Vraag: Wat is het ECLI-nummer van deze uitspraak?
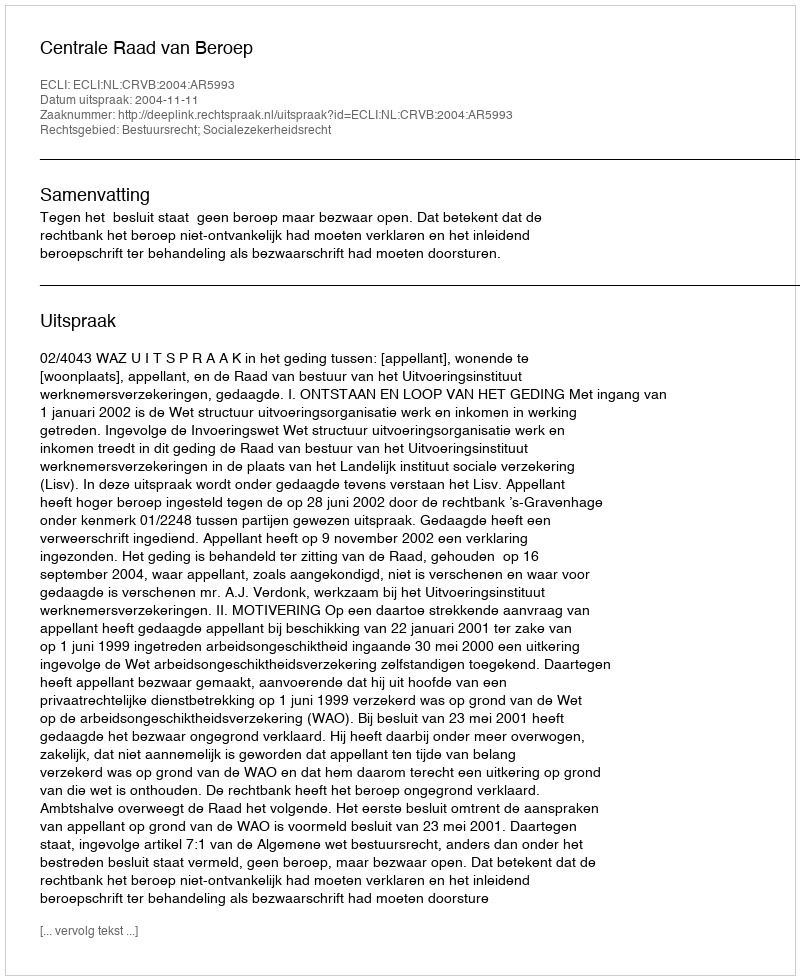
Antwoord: ECLI:NL:CRVB:2004:AR5993